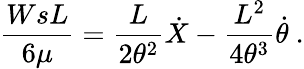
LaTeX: \frac{WsL}{6\mu}=\frac{L}{2\theta^{2}}\dot{X}-\frac{L^{2}}{4\theta^{3}}\dot{\theta}\ .